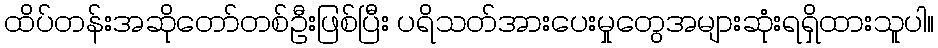
ထိပ်တန်းအဆိုတော်တစ်ဦးဖြစ်ပြီး ပရိသတ်အားပေးမှုတွေအများဆုံးရရှိထားသူပါ။